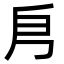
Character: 㐆